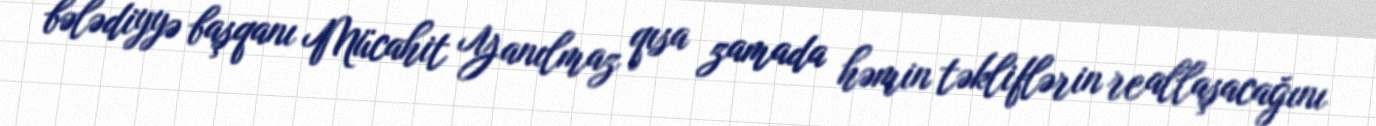
bələdiyyə başqanı Mücahit Yanılmaz qısa zamada həmin təkliflərin reallaşacağını